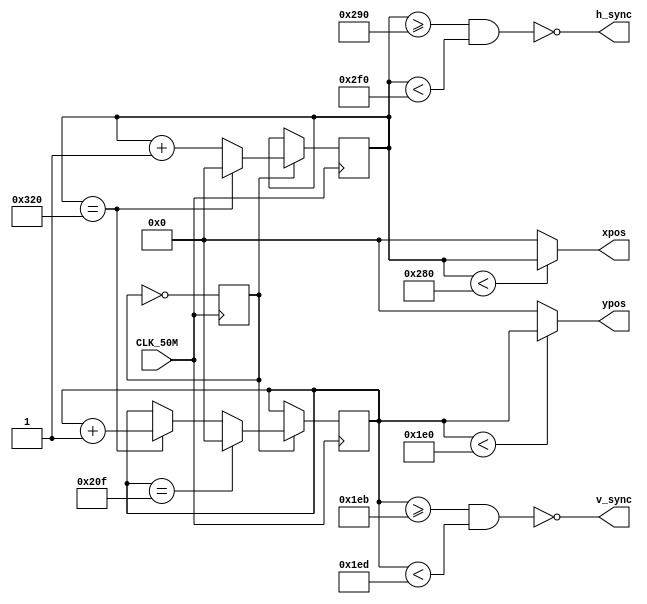

// 640x480 = 800x524 = 419200 pixels
// 419200 x 60 f/s = 25 152 000 px/s = ~25mhz
//
//    | video | front porch | sync pulse | back porch |
// ---+-------+-------------+------------+------------|
// hz |   640 |          16 |         96 |         48 | = 800
// ---+-------+-------------+------------+------------|
// vt |   480 |          11 |          2 |         31 | = 524
// ---+-------+-------------+------------+------------|
//
// hz events: V:[0]-639 FP:[640]-655 SP:[656]-751 BP:[752]-800
// vt events: V:[0]-479 FP:[480]-490 SP:[491]-492 BP:[493]-524

module vga(
  input CLK_50M,
  output wire h_sync,
  output wire v_sync,
  output [9:0] xpos,
  output [9:0] ypos
);

reg [9:0] h_count;
reg [9:0] v_count;

// 25M clock
reg clk_en;
always @(posedge CLK_50M)
  clk_en <= ~clk_en;

parameter
  HFP = 640,
  VFP = 480,
  HSP = 656,
  VSP = 491,
  HBP = 752,
  VBP = 493,
  HPX = 800,
  VPX = 527;

assign h_sync = ~((h_count >= HSP) && (h_count < HBP));
assign v_sync = ~((v_count >= VSP) && (v_count < VBP));
assign xpos = h_count < HFP ? h_count : 10'b0;
assign ypos = v_count < VFP ? v_count : 10'b0;

always @(posedge CLK_50M) begin
  if (clk_en) begin
    if (h_count == HPX) begin
      h_count <= 0;
      v_count <= v_count + 1;
    end
    else
      h_count <= h_count + 1;
    if (v_count == VPX)
      v_count <= 0;
  end
end

endmodule